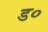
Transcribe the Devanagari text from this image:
ड०